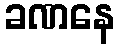
ခဏနေ